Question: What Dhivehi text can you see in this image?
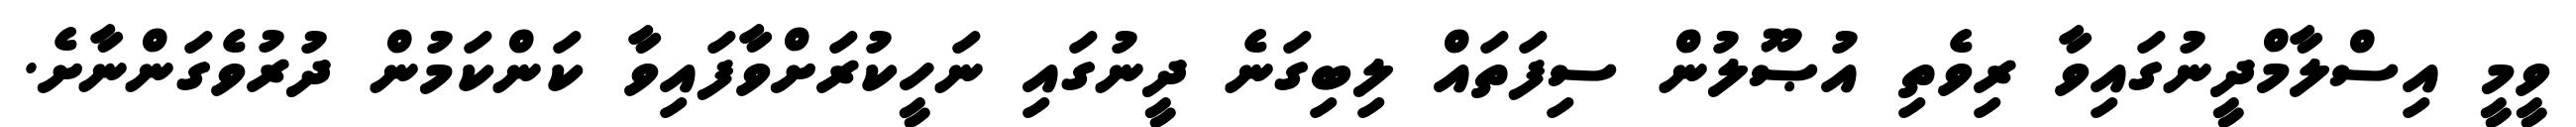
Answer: ވީމީ އިސްލާމްދީނުގައިވާ ރިވެތި އުޞޫލުން ސިފަތައް ލިބިގަނެ ދީނުގައި ނަހީކުރަށްވާފައިވާ ކަންކަމުން ދުރުވެގަންނާށެ.